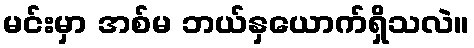
မင်းမှာ အစ်မ ဘယ်နှယောက်ရှိသလဲ။